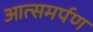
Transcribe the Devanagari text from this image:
आत्समर्पण